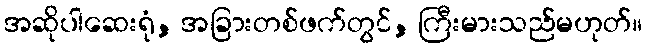
အဆိုပါဆေးရုံ, အခြားတစ်ဖက်တွင်, ကြီးမားသည်မဟုတ်။